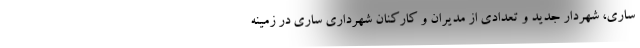
ساری، شهردار جدید و تعدادی از مدیران و کارکنان شهرداری ساری در زمینه